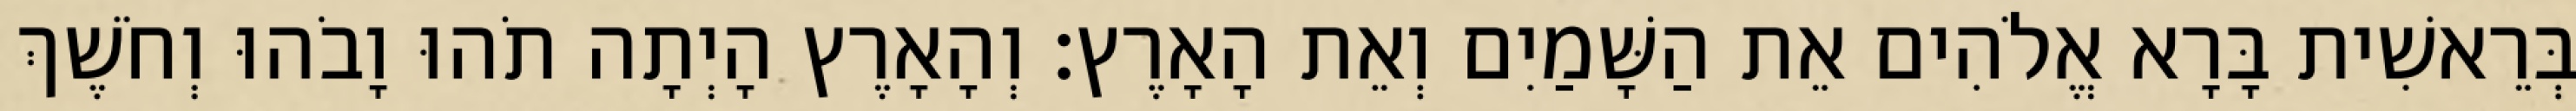
בְּרֵאשִׁית בָּרָא אֱלֹהִים אֵת הַשָּׁמַיִם וְאֵת הָאָרֶץ׃ וְהָאָרֶץ הָיְתָה תֹהוּ וָבֹהוּ וְחֹשֶׁךְ